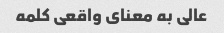
عالی به معنای واقعی کلمه